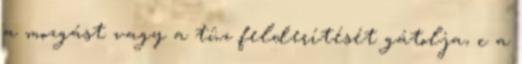
a mozgást vagy a tûz felderítését gátolja, c a